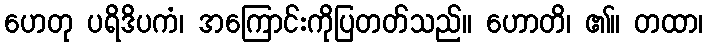
ဟေတု ပရိဒိပကံ၊ အကြောင်းကိုပြတတ်သည်။ ဟောတိ၊ ၏။ တထာ၊